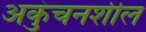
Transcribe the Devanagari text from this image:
अकुंचनशील